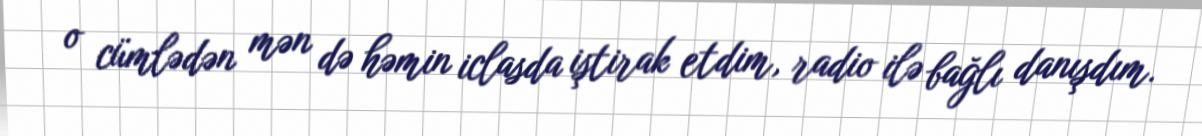
o cümlədən mən də həmin iclasda iştirak etdim, radio ilə bağlı danışdım.